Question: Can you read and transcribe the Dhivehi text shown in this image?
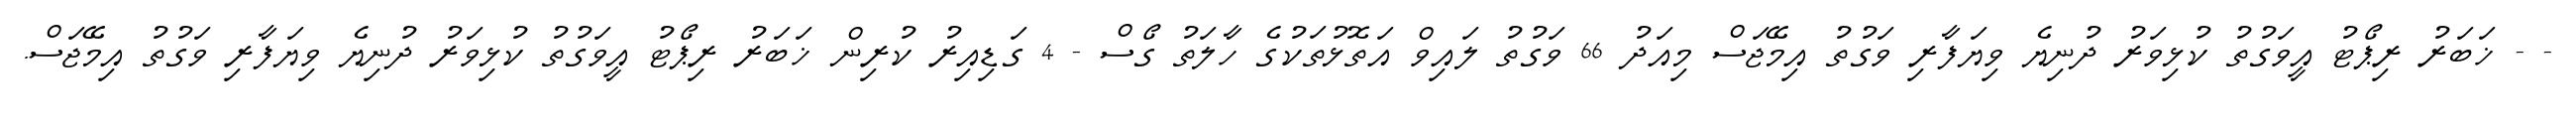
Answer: - - ޚަބަރު ރިޕޯޓު އީވަގުތު ކުޅިވަރު ދުނިޔެ ވިޔަފާރި ވަގުތު އިމޭޖަސް މިއަދު 66 ވަގުތު ލައިވް އަތޮޅުތަކުގެ ހާލަތު ގޯސް - 4 ގަޑިއިރު ކުރިން ޚަބަރު ރިޕޯޓު އީވަގުތު ކުޅިވަރު ދުނިޔެ ވިޔަފާރި ވަގުތު އިމޭޖަސް.